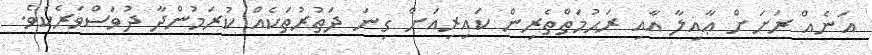
އަނެއް ރަށަށް ޢާއިލާ އާއި ރަޙުމަތްތެރިން ކައިރިއަށް ގިނަ ދަތުރުތަކެއް ކުރަމުންދާ ދުވަސްވަރެކެވެ.